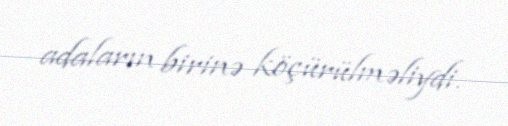
adaların birinə köçürülməliydi.